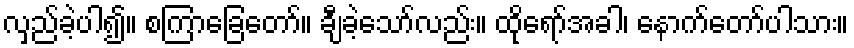
လှည်ခဲ့ပါ၍။ စကြာခြေတော်။ ချီခဲ့သော်လည်း။ ထိုရော်အခါ၊ နောက်တော်ပါသား။